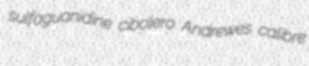
sulfaguanidine cibolero Andrewes calibre